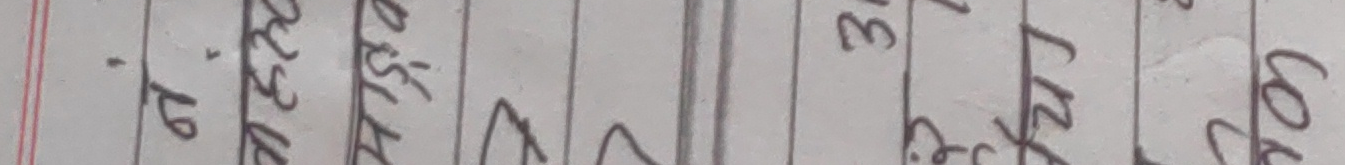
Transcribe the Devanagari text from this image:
७० ८२.५० असिलाई म ३ बिक्री जम्मा सोध